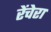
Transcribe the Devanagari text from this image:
रेंचेरा